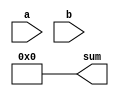
module structural_adder (
    input [13:0] a,
    input [13:0] b,
    output [14:0] sum
);
    // TODO: Your implementation here.
    // TODO: Remove the assign statement below once you write your own RTL.
    assign sum = 15'd0;
endmodule